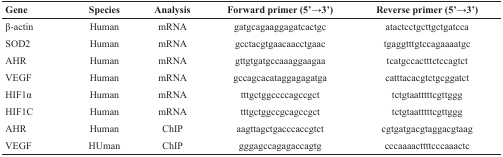
<table><thead><tr><td><b>Gene</b></td><td><b>Species</b></td><td><b>Analysis</b></td><td><b>Forward primer (5’→3’)</b></td><td><b>Reverse primer (5’→3’)</b></td></tr></thead><tbody><tr><td>β-actin</td><td>Human</td><td>mRNA</td><td>gatgcagaaggagatcactgc</td><td>atactcctgcttgctgatcca</td></tr><tr><td>SOD2</td><td>Human</td><td>mRNA</td><td>gcctacgtgaacaacctgaac</td><td>tgaggtttgtccagaaaatgc</td></tr><tr><td>AHR</td><td>Human</td><td>mRNA</td><td>gttgtgatgccaaaggaagaa</td><td>tcatgccactttctccagtct</td></tr><tr><td>VEGF</td><td>Human</td><td>mRNA</td><td>gccagcacataggagagatga</td><td>catttacacgtctgcggatct</td></tr><tr><td>HIF1α</td><td>Human</td><td>mRNA</td><td>tttgctggccccagccgct</td><td>tctgtaatttttcgttggg</td></tr><tr><td>HIF1C</td><td>Human</td><td>mRNA</td><td>tttgctggccgcagccgct</td><td>tctgtaatttttcgttggg</td></tr><tr><td>AHR</td><td>Human</td><td>ChIP</td><td>aagttagctgacccaccgtct</td><td>cgtgatgacgtaggacgtaag</td></tr><tr><td>VEGF</td><td>HUman</td><td>ChIP</td><td>gggagccagagaccagtg</td><td>cccaaaacttttcccaaactc</td></tr></tbody></table>